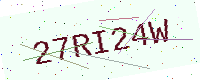
Text: 27RI24W